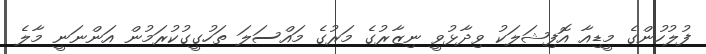
ފުލުހުންގެ މީޑިއާ އޮފިޝަލަކު ވިދާޅުވީ ނިޒާރުގެ މަރުގެ މައްސަލަ ތަހުގީގުކުރަމުން އަންނަނީ މާލެ